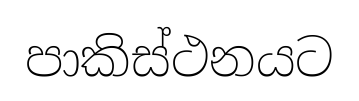
පාකිස්ථනයට